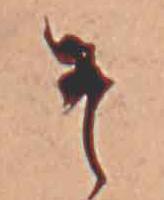
そ